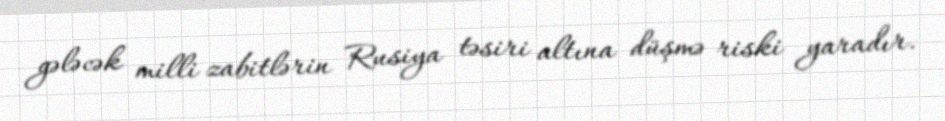
gələcək milli zabitlərin Rusiya təsiri altına düşmə riski yaradır.